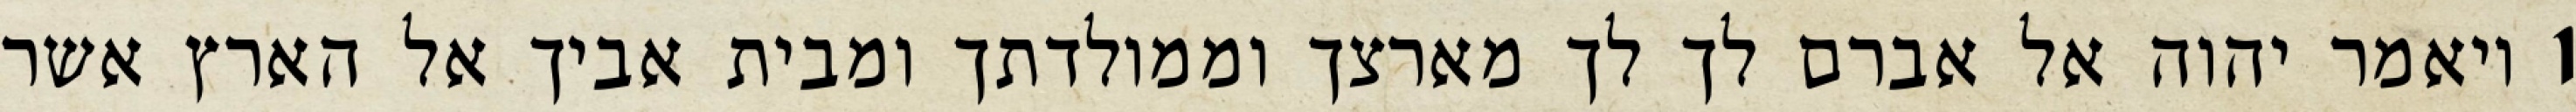
1 ויאמר יהוה אל אברם לך לך מארצך וממולדתך ומבית אביך אל הארץ אשר